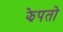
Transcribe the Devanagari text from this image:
झेपतो